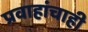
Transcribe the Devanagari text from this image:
प्रवाहांचाही